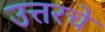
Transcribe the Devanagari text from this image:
उत्तरचे